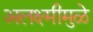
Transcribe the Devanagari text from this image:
अलक्ष्मीमुळे